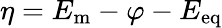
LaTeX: \eta=E_{\mathrm{m}}-\varphi-E_{\mathrm{eq}}